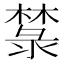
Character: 㯟